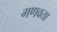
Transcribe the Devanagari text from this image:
गणवता